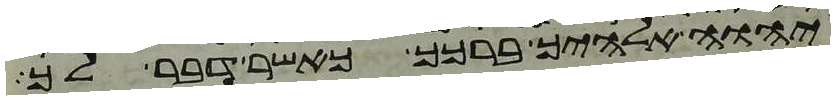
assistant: יהוה אלהיך ברכך כאשר דבר לך